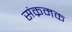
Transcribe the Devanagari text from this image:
संक्रमक